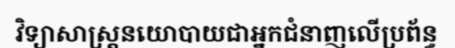
វិទ្យាសាស្ត្រនយោបាយជាអ្នកជំនាញលើប្រព័ន្ធ